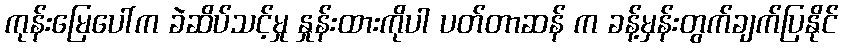
ကုန်းမြေပေါ်က ခဲဆိပ်သင့်မှု နှုန်းထားကိုပါ ပတ်တာဆန် က ခန့်မှန်းတွက်ချက်ပြနိုင်